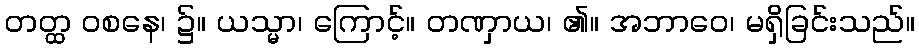
တတ္ထ ဝစနေ၊ ၌။ ယသ္မာ၊ ကြောင့်။ တဏှာယ၊ ၏။ အဘာဝေ၊ မရှိခြင်းသည်။